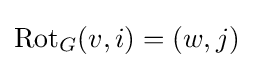
\mathrm {Rot} _{G}(v,i)=(w,j)